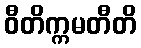
ဝီတိက္ကမတီတိ